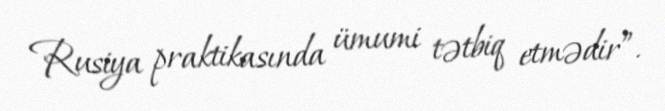
Rusiya praktikasında ümumi tətbiq etmədir”.